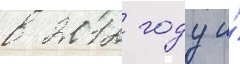
в 2012 году и́